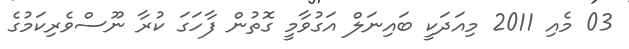
03 މެއި 2011 މިއަދަކީ ބައިނަލް އަގުވާމީ ގޮތުން ފާހަގަ ކުރާ ނޫސްވެރިކަމުގެ